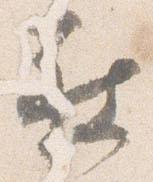
被